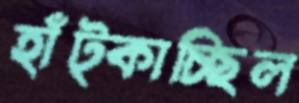
হাঁট্‌কাচ্ছিল